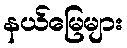
နယ်မြေများ